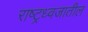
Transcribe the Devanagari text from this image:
राष्ट्रध्वजातील